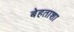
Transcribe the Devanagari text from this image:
बेहताशा